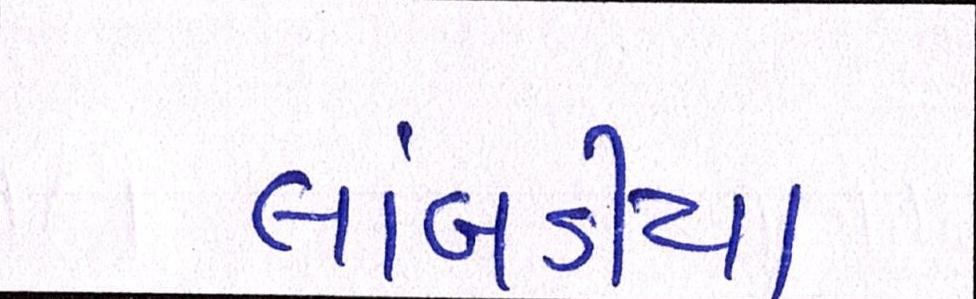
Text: લાંબડીયા